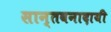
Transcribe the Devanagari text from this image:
सान्तवनादायी